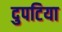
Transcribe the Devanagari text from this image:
दुपटिया